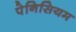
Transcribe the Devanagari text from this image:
पेनिसियम